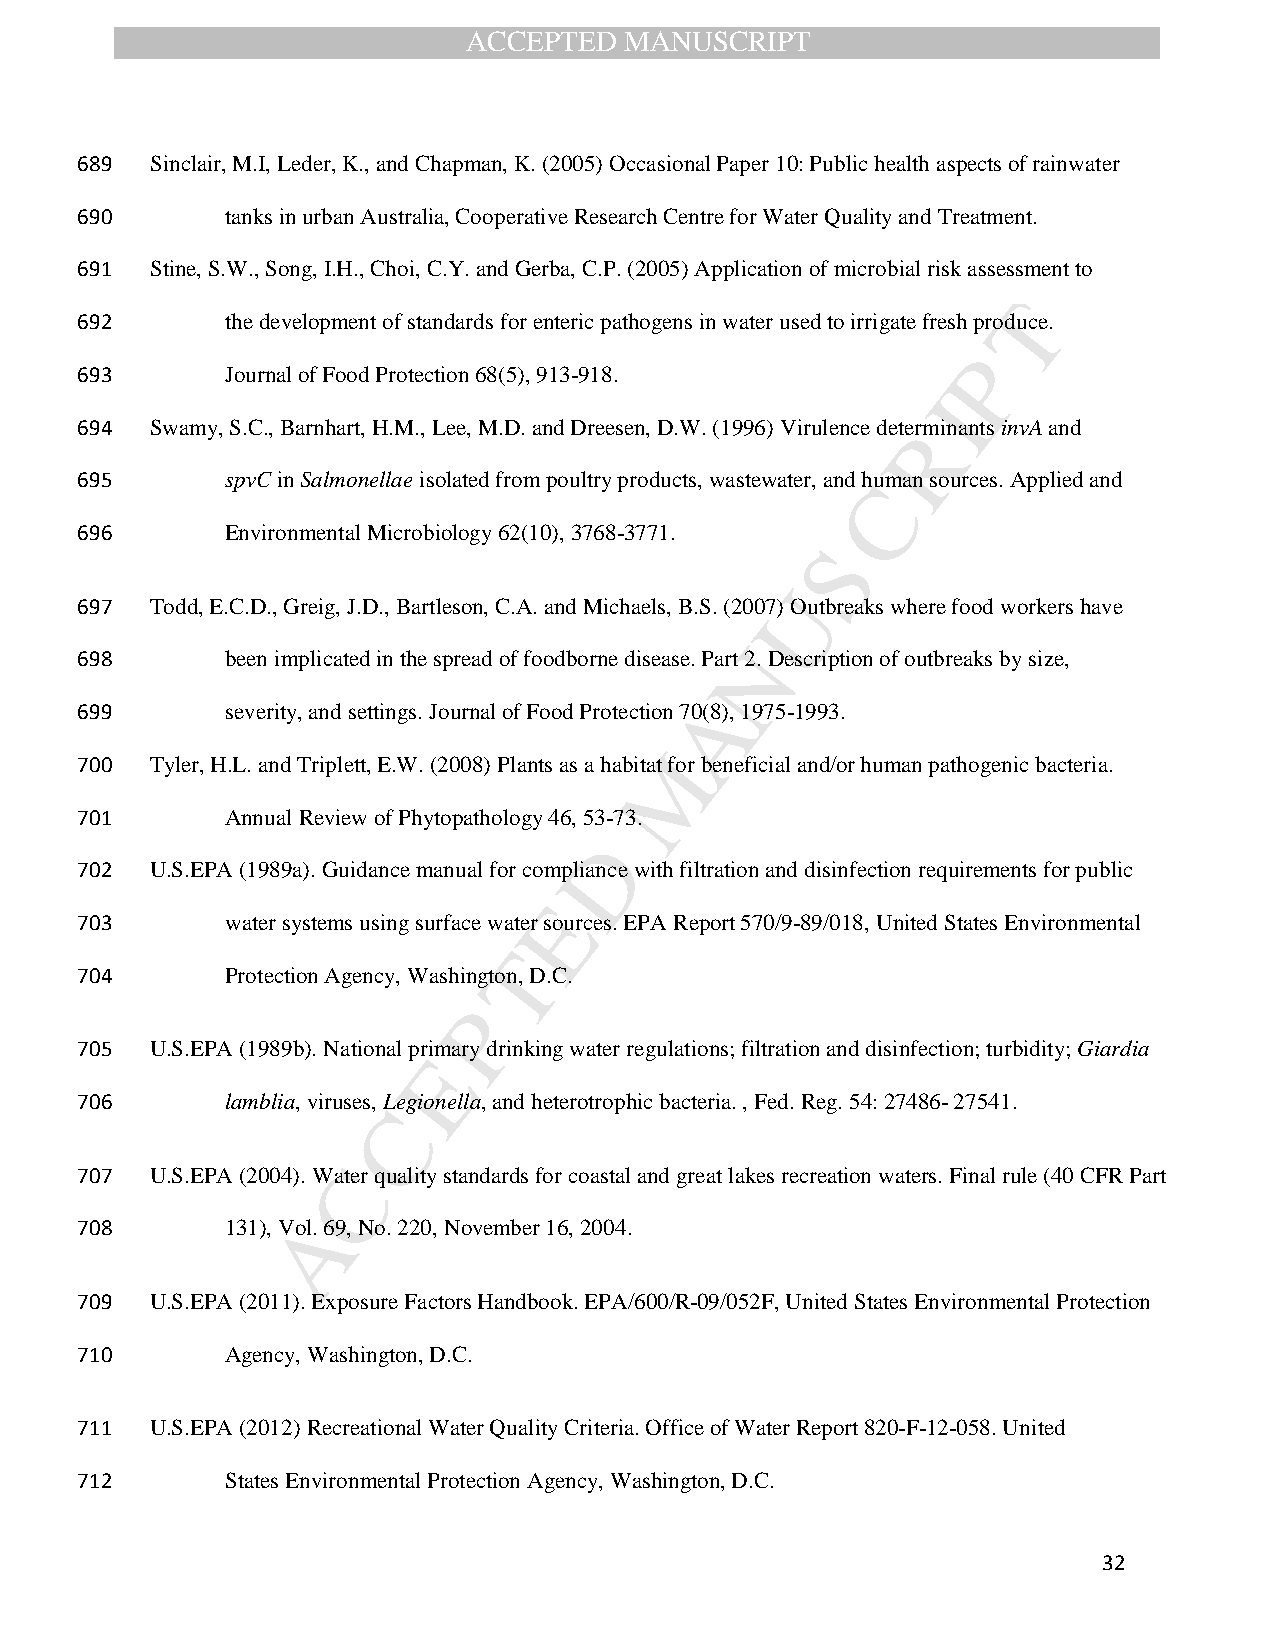
ACCEPTED  MANUSCRIPT
 689  Sinclair, M.I, Leder, K., and Chapman, K. (2005) Occasional Paper 10: Public health aspects of rainwater
 690       tanks in urban Australia, Cooperative Research Centre for Water Quality and Treatment.
 691  Stine, S.W., Song, I.H., Choi, C.Y. and Gerba, C.P. (2005) Application of microbial risk assessment to
 T
 692       the development of standards for enteric pathogens in water used to irrigate fresh produce.
 P
 693       Journal of Food Protection 68(5), 913-918.
 I
 694  Swamy, S.C., Barnhart, H.M., Lee, M.D. and Dreesen, D.W. (1996) Virulence deteRrminants invA and
 695       spvC in Salmonellae isolated from poultry products, wastewater, and hCuman sources. Applied and
 696       Environmental Microbiology 62(10), 3768-3771.
 S
 U
 697  Todd, E.C.D., Greig, J.D., Bartleson, C.A. and Michaels, B.S. (2007) Outbreaks where food workers have
 N
 698       been implicated in the spread of foodborne disease. Part 2. Description of outbreaks by size,
 A
 699       severity, and settings. Journal of Food Protection 70(8), 1975-1993.
 M
 700  Tyler, H.L. and Triplett, E.W. (2008) Plants as a habitat for beneficial and/or human pathogenic bacteria.
 701       Annual Review of Phytopathology 46, 53 -73.
 D
 702  U.S.EPA (1989a). Guidance manual for compliance with filtration and disinfection requirements for public
 E
 703       water systems using surface water sources. EPA Report 570/9-89/018, United States Environmental
 T
 704       Protection Agency, Washington, D.C.
 P
 705  U.S.EPA (1989b). National primary drinking water regulations; filtration and disinfection; turbidity; Giardia
 E
 706       lamblia, viruses, Legionella, and heterotrophic bacteria. , Fed. Reg. 54: 27486- 27541.
 C
 707  U.S.EPA (2004). WaC ter quality standards for coastal and great lakes recreation waters. Final rule (40 CFR Part
 A
 708       131), Vol. 69, No. 220, November 16, 2004.
 709  U.S.EPA (2011). Exposure Factors Handbook. EPA/600/R-09/052F, United States Environmental Protection
 710       Agency, Washington, D.C.
 711  U.S.EPA (2012) Recreational Water Quality Criteria. Office of Water Report 820-F-12-058. United
 712       States Environmental Protection Agency, Washington, D.C.
 32